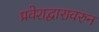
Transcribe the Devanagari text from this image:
प्रवेशद्वारावरुन